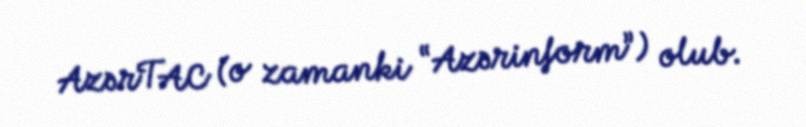
AzərTAC (o zamanki “Azərinform”) olub.